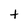
Character: t